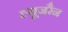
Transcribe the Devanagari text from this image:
ल्यूजरैन